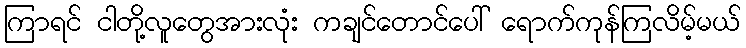
ကြာရင် ငါတို့လူတွေအားလုံး ကချင်တောင်ပေါ် ရောက်ကုန်ကြလိမ့်မယ်